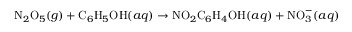
\mathrm { N } _ { 2 } \mathrm { O } _ { 5 } ( g ) + \mathrm { C } _ { 6 } \mathrm { H } _ { 5 } \mathrm { O H } ( a q ) \rightarrow \mathrm { N O } _ { 2 } \mathrm { C } _ { 6 } \mathrm { H } _ { 4 } \mathrm { O H } ( a q ) + \mathrm { N O } _ { 3 } ^ { - } ( a q )